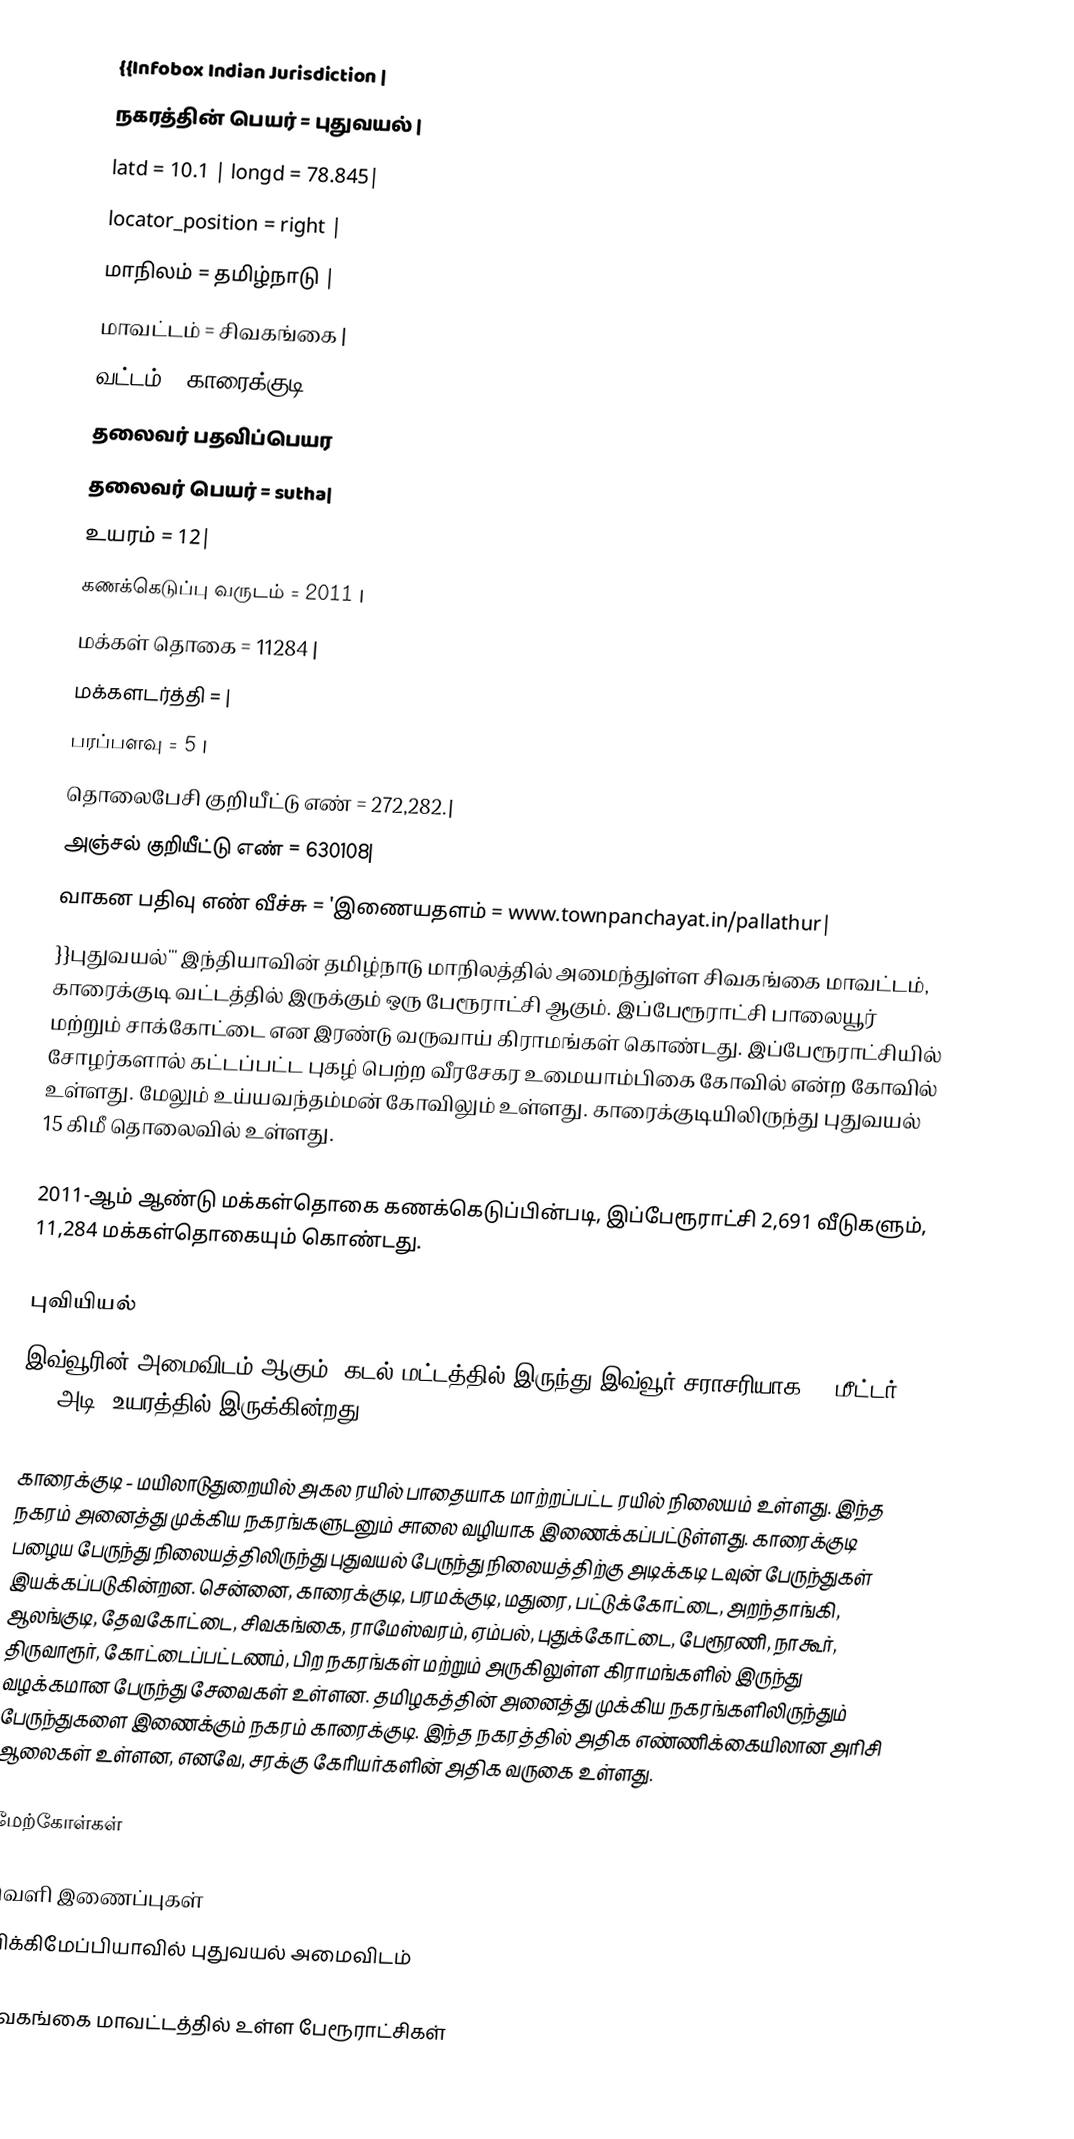
{{Infobox Indian Jurisdiction |
நகரத்தின் பெயர் = புதுவயல் |
latd = 10.1 | longd = 78.845|
locator_position = right |
மாநிலம் = தமிழ்நாடு |
மாவட்டம் = சிவகங்கை |
வட்டம் = காரைக்குடி
தலைவர் பதவிப்பெயர
தலைவர் பெயர் = sutha|
உயரம் = 12|
கணக்கெடுப்பு வருடம் = 2011 |
மக்கள் தொகை =  11284 |
மக்களடர்த்தி = |
பரப்பளவு  = 5 |
தொலைபேசி குறியீட்டு எண்  = 272,282.|
அஞ்சல் குறியீட்டு எண் = 630108|
வாகன பதிவு எண் வீச்சு = 'இணையதளம்  = www.townpanchayat.in/pallathur|
}}புதுவயல்''' இந்தியாவின் தமிழ்நாடு மாநிலத்தில் அமைந்துள்ள சிவகங்கை மாவட்டம், காரைக்குடி வட்டத்தில் இருக்கும் ஒரு பேரூராட்சி ஆகும். இப்பேரூராட்சி பாலையூர் மற்றும் சாக்கோட்டை என இரண்டு வருவாய் கிராமங்கள் கொண்டது. இப்பேரூராட்சியில் சோழர்களால் கட்டப்பட்ட புகழ் பெற்ற வீரசேகர உமையாம்பிகை கோவில் என்ற கோவில் உள்ளது. மேலும் உய்யவந்தம்மன் கோவிலும் உள்ளது. காரைக்குடியிலிருந்து புதுவயல் 15 கிமீ தொலைவில் உள்ளது.

2011-ஆம் ஆண்டு மக்கள்தொகை கணக்கெடுப்பின்படி,   இப்பேரூராட்சி  2,691    வீடுகளும்,               11,284  மக்கள்தொகையும் கொண்டது.

புவியியல்
இவ்வூரின் அமைவிடம்  ஆகும். கடல் மட்டத்தில் இருந்து இவ்வூர் சராசரியாக 12 மீட்டர் (39 அடி) உயரத்தில் இருக்கின்றது.

காரைக்குடி - மயிலாடுதுறையில் அகல ரயில் பாதையாக மாற்றப்பட்ட ரயில் நிலையம் உள்ளது.  இந்த நகரம் அனைத்து முக்கிய நகரங்களுடனும் சாலை வழியாக இணைக்கப்பட்டுள்ளது.  காரைக்குடி பழைய பேருந்து நிலையத்திலிருந்து புதுவயல் பேருந்து நிலையத்திற்கு அடிக்கடி டவுன் பேருந்துகள் இயக்கப்படுகின்றன.  சென்னை, காரைக்குடி, பரமக்குடி, மதுரை, பட்டுக்கோட்டை, அறந்தாங்கி, ஆலங்குடி, தேவகோட்டை, சிவகங்கை, ராமேஸ்வரம், ஏம்பல், புதுக்கோட்டை, பேரூரணி, நாகூர், திருவாரூர், கோட்டைப்பட்டணம், பிற நகரங்கள் மற்றும் அருகிலுள்ள கிராமங்களில் இருந்து வழக்கமான பேருந்து சேவைகள் உள்ளன.  தமிழகத்தின் அனைத்து முக்கிய நகரங்களிலிருந்தும் பேருந்துகளை இணைக்கும் நகரம் காரைக்குடி. இந்த நகரத்தில் அதிக எண்ணிக்கையிலான அரிசி ஆலைகள் உள்ளன, எனவே, சரக்கு கேரியர்களின் அதிக வருகை உள்ளது.

மேற்கோள்கள்

வெளி இணைப்புகள்
 விக்கிமேப்பியாவில் புதுவயல் அமைவிடம்

சிவகங்கை மாவட்டத்தில் உள்ள பேரூராட்சிகள்